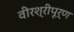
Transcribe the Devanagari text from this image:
वीरश्रीपूर्ण